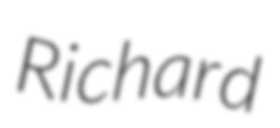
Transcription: Richard